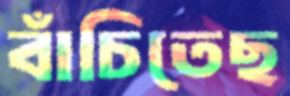
বাঁচিতেছ